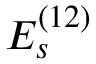
E _ { s } ^ { ( 1 2 ) }